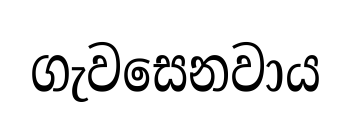
ගැවසෙනවාය